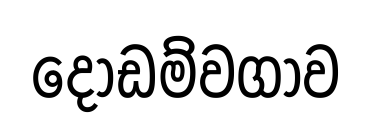
දොඩම්වගාව